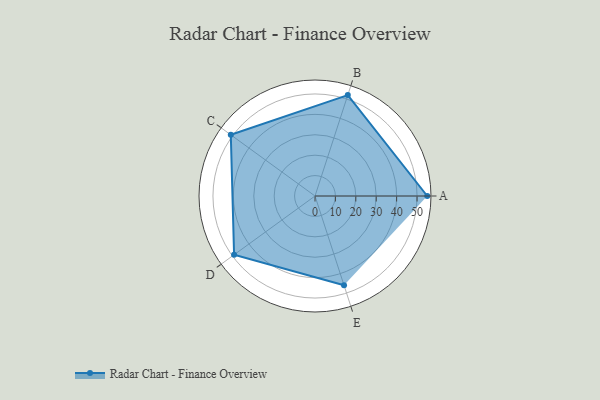
{"axis": {"x": "Skill", "y": "Score"}, "legend": ["Profile"], "data": [{"x": "A", "y": 55.0, "type": "Profile"}, {"x": "B", "y": 52.0, "type": "Profile"}, {"x": "C", "y": 51.0, "type": "Profile"}, {"x": "D", "y": 49.0, "type": "Profile"}, {"x": "E", "y": 46.0, "type": "Profile"}]}